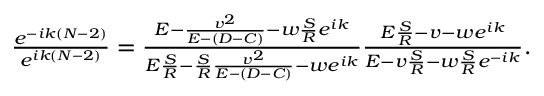
\begin{array} { r } { \frac { e ^ { - i k ( N - 2 ) } } { e ^ { i k ( N - 2 ) } } = \frac { E - \frac { v ^ { 2 } } { E - ( D - C ) } - w \frac { S } { R } e ^ { i k } } { E \frac { S } { R } - \frac { S } { R } \frac { v ^ { 2 } } { E - ( D - C ) } - w e ^ { i k } } \frac { E \frac { S } { R } - v - w e ^ { i k } } { E - v \frac { S } { R } - w \frac { S } { R } e ^ { - i k } } . } \end{array}